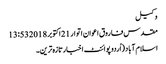
وکیل
مقدس فاروق اعوان اتوار 21 اکتوبر 2018 13:53
اسلام آباد (اُردو پوائنٹ اخبارتازہ ترین۔